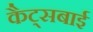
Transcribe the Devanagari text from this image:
कैट्सबाई